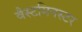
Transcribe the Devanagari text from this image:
वैस्टमिनस्टर